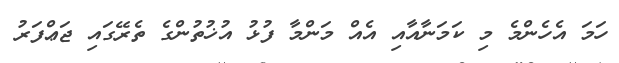
ހަމަ އެހެންމެ މި ކަމަނާއާއި އެއް މަންމާ ފުޅު އުޚުތުންގެ ތެރޭގައި ޖަޢްފަރު